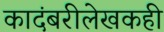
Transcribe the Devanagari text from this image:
कादंबरीलेखकही